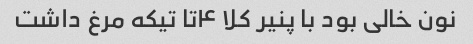
نون خالی بود با پنیر کلا ۴تا تیکه مرغ داشت